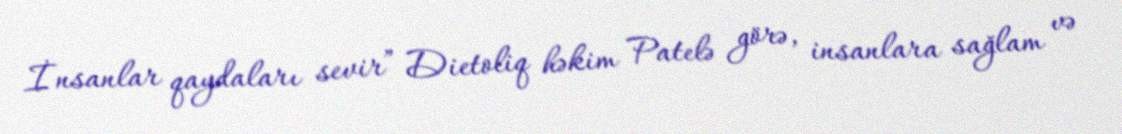
İnsanlar qaydaları sevir” Dietoliq həkim Patelə görə, insanlara sağlam və